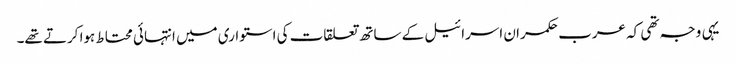
یہی وجہ تھی کہ عرب حکمران اسرائیل کے ساتھ تعلقات کی استواری میں انتہائی محتاط ہوا کرتے تھے۔